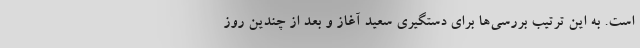
است. به این ترتیب بررسی‌ها برای دستگیری سعید آغاز و بعد از چندین روز